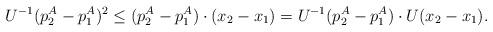
LaTeX: \begin{align*}U^{-1}(p_2^A - p_1^A)^2 \le (p_2^A - p_1^A) \cdot (x_2 - x_1) = U^{-1}(p_2^A - p_1^A) \cdot U(x_2 - x_1). \end{align*}